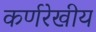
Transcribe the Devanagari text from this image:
कर्णरेखीय